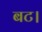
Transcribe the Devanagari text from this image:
बट।